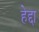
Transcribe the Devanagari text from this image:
हेद्दा